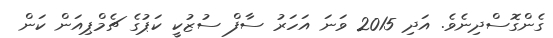
ގެންގޮސްދިނެވެ. އަދި 2015 ވަނަ އަހަރު ސާފް ސުޒުކީ ކަޕުގެ ޗެމްޕިއަން ކަން